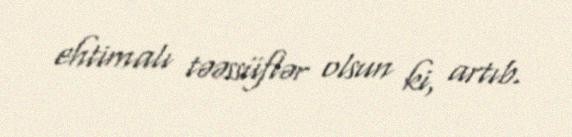
ehtimalı təəssüflər olsun ki, artıb.